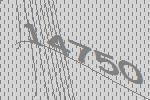
14750